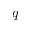
q